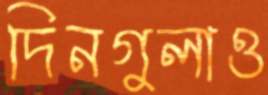
দিনগুলাও